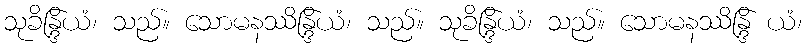
သုခိန္ဒြိယံ၊ သည်။ သောမနဿိန္ဒြိယံ၊ သည်။ သုခိန္ဒြိယံ၊ သည်။ သောမနဿိန္ဒြိ ယံ၊